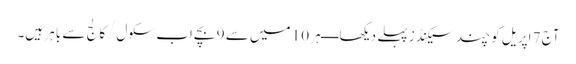
آج 7 اپریل کو چند سیکنڈز پہلے دیکھا ــــ ہر 10 میں سے 9 بچے اب سکول/کالج سے باہر ہیں۔